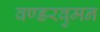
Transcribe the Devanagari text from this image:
वण्डरवुमन